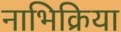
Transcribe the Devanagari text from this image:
नाभिक्रिया